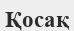
Қосақ